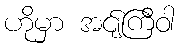
ဟိုမှာ အင်ျကြီဝါ